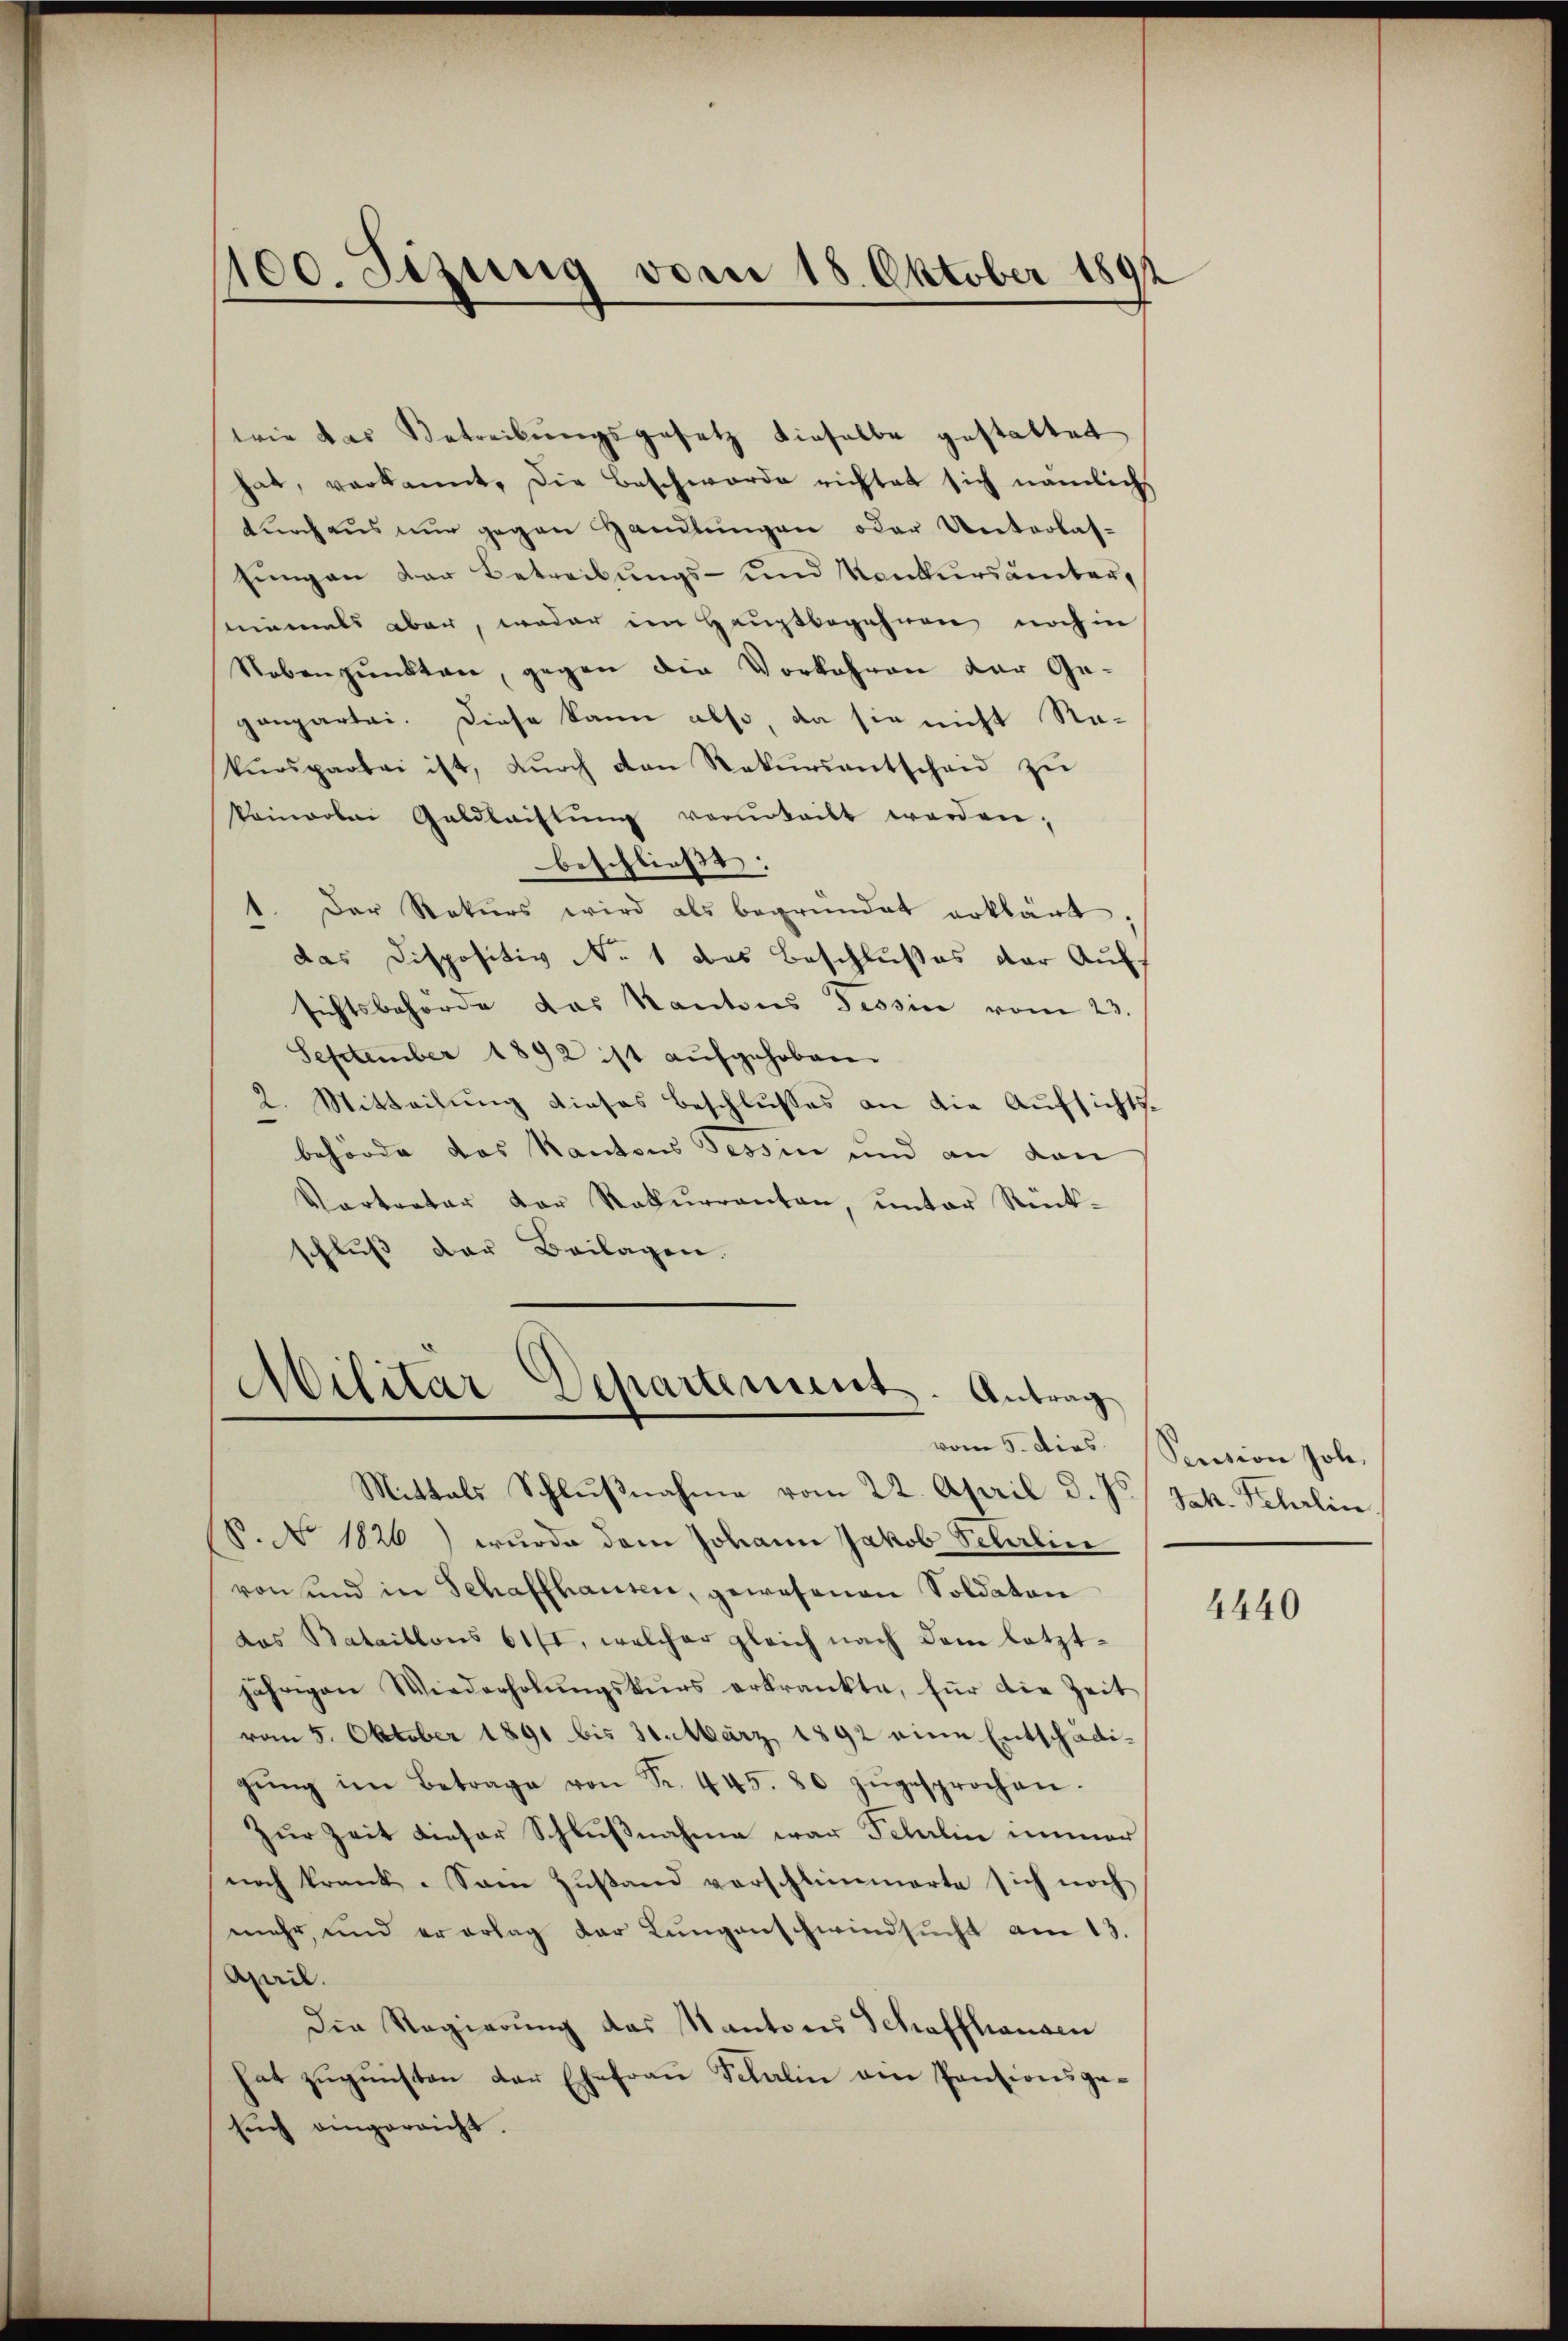
wie das Betreibŭngsgesetz dieselbe gestattet
hat, verkannt, die Beschwerde richtet sich nämlich
tŭrhaŭs nŭr gegen Handlŭngen oder Unterlas-
sungen der Betreibungs- und Konkursämter,
sniemals aber, weder im Hauptbegehren noch in
Nebenpŭnkten, gegen die Vorkehren der Ge-
genpartei. Diese kann also, da sie nicht Re-
kurspartei ist, dŭrch den Rekŭrsantscheid zŭ
kainarbei Geldleistŭng verurteilt werden;
beschließt:
Der Rekurs wird als begründet erklärt;
das Dispositiv No. 1 das Beschlußes der Aufsichtsbehörde das Kantons Tessin vom 23.
September 1892 ist aufgehoben.
2. Mitteilung dieses Beschlusses an die Aufsichtsbehörde das Kantons Tessin und an den
Vertreter der Rekurrenten, ŭnter Rück-
schluß der Beilagen.

100. Sizung vom 18. Oktober 1891

Militar Departement. Antrag

Mittals Schlußnahme vom 22. April d. Js. Jak. Fehrlin
(S. No. 1826) wurde dem Johann Jakob Schrlic
von sind in Schaffhausen, gewesenen Soldaten
das Bataillons 61/I, welcher gleich nach dem letztjährigen Wiederholŭngskŭrs erkrankte, für die Zeit
vom 5. Oktober 1891 bis 30. März 1892 eine Entschädigŭng im Betrage von Fr. 445. 80 zŭgesprochen.
Zur Zeit dieser Schlußnahme war Fehulin immer
noch krank. Sam Zŭstand verschlimmerte sich noch
mehr, und er erlag der Lungenschwindsŭcht am 13.
April.
Der Regierung das Kantons Schaffhausen
hat zugunsten der Ehefrau Schalin ein Pensionsgesuch eingerricht.

vom 5. dies Sention hole.

4440